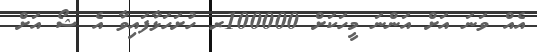
އެއް ވަނަ އަށް އަންނަ މީހަކަށް 100000ރ ހުށަހަޅާފައިވާ އެ ޝޯ އަށް